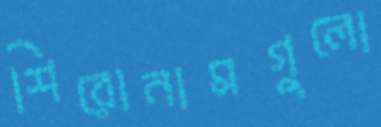
শিরোনামগুলো